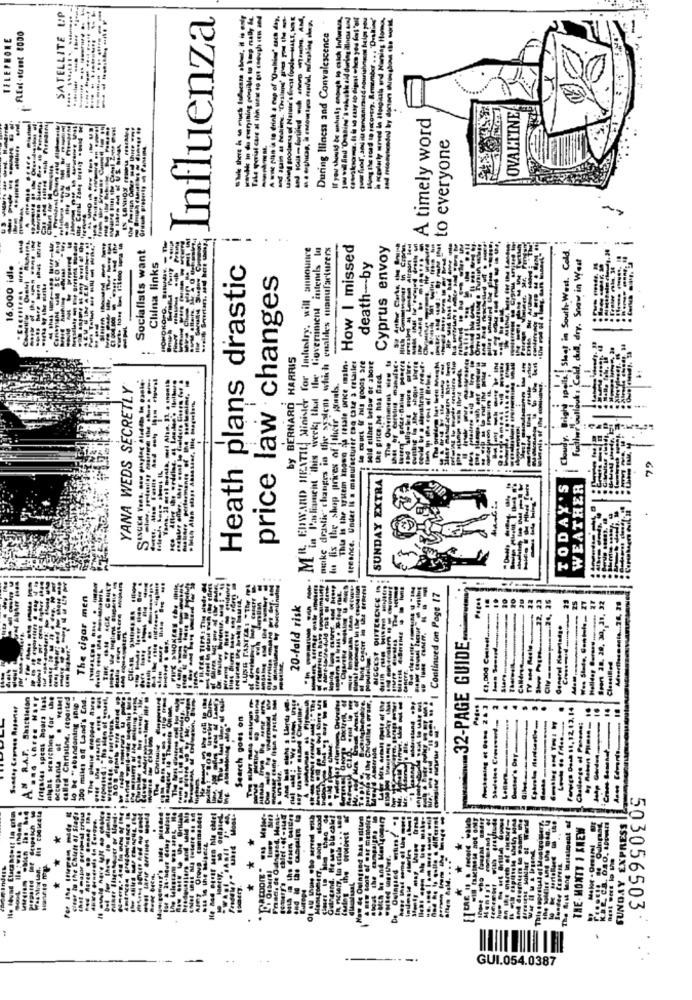
SATELLITE UP
Influenza
Tale qerial car al thh unas to pit enough cen and
A une plan is to drink a cup of "Orbiss' each day,
uiting goodera of Nannte's finest foods-MALT, HE
owhisky enaoch to catch Influrara,
tularly unved le Itorgiust and Maning Hands
----
----------
TELEPHONE
During Iliness and Convalescence
----- ...
OVALTINE
A timely word
okam.
to everyone
you should
US
Socialists want
---
MR. EDWARD HEATH Minister for Industry, will announce
in l'asliament this week that the ligverimient intends In
mike drastic changes in the system which enables manufacturers
How I missed
Cyprus envoy
Bright Ipala Shoot in South- West. Cold
dull, dry. Snow in West
16.000 idla
China links
Heath plans drastic
death-by
SEU HIM ALUM
price law changes
---
by BERNARD HARRIS
This Is the system known as resale price miln.
-The -hop Weit
freance. Under It a manufacturer cso Cate 3 retailer
le murt If his goods are
sold either below or abort
thet of Curtin manalsc.
the price. he has faed.
YANA WEDS SECRETLY
lu lis the shop prices of | their jsteals.
. bich Alan stage Ansasser, Ille Magulan,
Cloud
SUNDAY EXTRA
TODAY'S
WEATHER
-
...
The cigar men
Continued on Page 17
20-fald risk
32-PAGE GUIDE .....
3 -------- 22.
---- 25
. 32
Sport 28. 20, 30, 31, 32
CANere
Hellday ..... ........
Classified
AM R.A.F. Shackleton
trigales spens hours laat
night searching for the
called Christine. ceparted
to be "abandoning snip"
300 miles of Land's End.
4
Forvigo Doch 11, 12 13. 14
Search goes on
.
-
.
AM
The Mes
Im then de
nd. He say blachlet
How toot of war miemeles
Afraseas soldier of Warth
SUNDAY EXPRESS
The Best lang instalosat af
THE-MONTY I KNEW
Gitar in the Chart ar
. ..
Tale sepratall of Mostrom
& the curpal
" Orbere!
-
503056503
------.
GUI.054.0387